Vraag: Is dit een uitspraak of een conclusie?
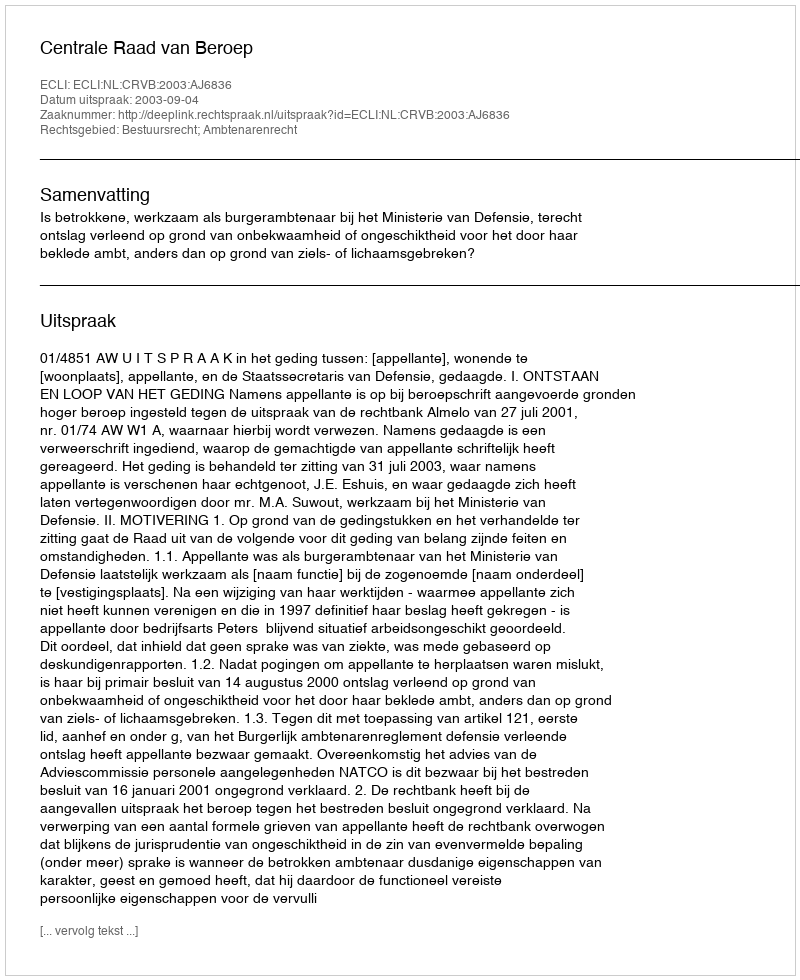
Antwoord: Uitspraak